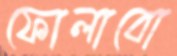
ফোলাবো